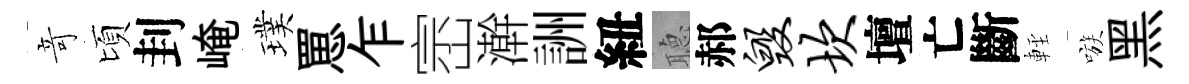
竒頃刲崦璞罳乍崈澣詶紐𦗟郝毁坎壇亡斷䡖嗾黑